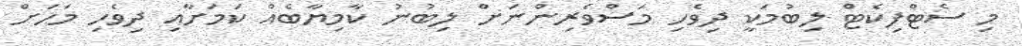
މި ސެޓްފިކެޓް ލިބުމަކީ ދިވެހި މަސްވެރިންނަށް ލިބުނު ކާމިޔާބެއް ކަމަށާއި ދިވެހި މަހަށް